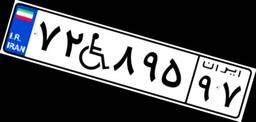
۷۲W۸۹۵۹۷